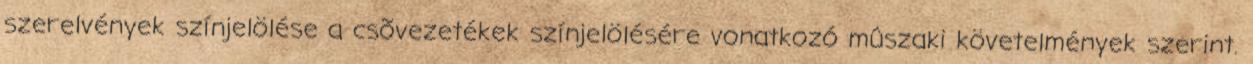
szerelvények színjelölése a csõvezetékek színjelölésére vonatkozó mûszaki követelmények szerint.